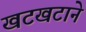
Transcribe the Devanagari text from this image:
खटखटाने